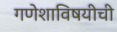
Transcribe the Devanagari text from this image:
गणेशाविषयीची